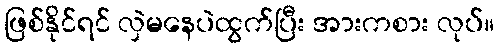
ဖြစ်နိုင်ရင် လှဲမနေပဲထွက်ပြီး အားကစား လုပ်။